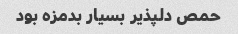
حمص دلپذیر بسیار بدمزه بود